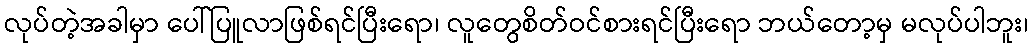
လုပ်တဲ့အခါမှာ ပေါ်ပြူလာဖြစ်ရင်ပြီးရော၊ လူတွေစိတ်ဝင်စားရင်ပြီးရော ဘယ်တော့မှ မလုပ်ပါဘူး၊